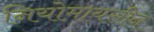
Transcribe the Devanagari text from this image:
नियोमायसीन